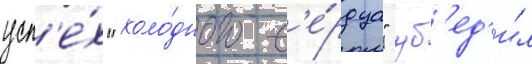
усп'е́х "холо́дного с'е́рдца" уб'ед'и́л